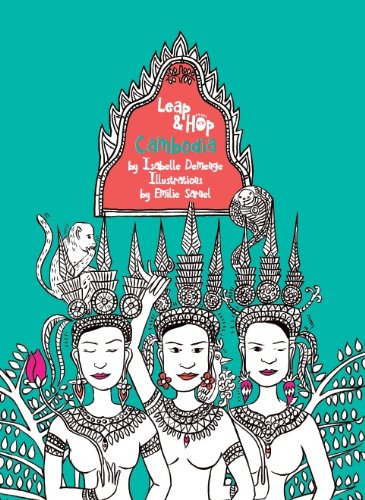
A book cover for Leap & Hop Cambodia, Children Travel Book; Isabelle Demenge; Travel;